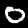
Digit: 0